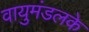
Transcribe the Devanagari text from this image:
वायुमंडलके